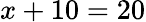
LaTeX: x+10=20